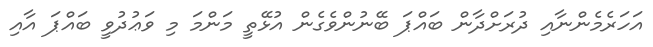
އަހަރެމެންނާއި ދުރަށްދާން ބައްޕަ ބޭނުންވެގެން އުޅޭތީ މަންމަ މި ވަޢުދުވީ ބައްޕަ އާއި